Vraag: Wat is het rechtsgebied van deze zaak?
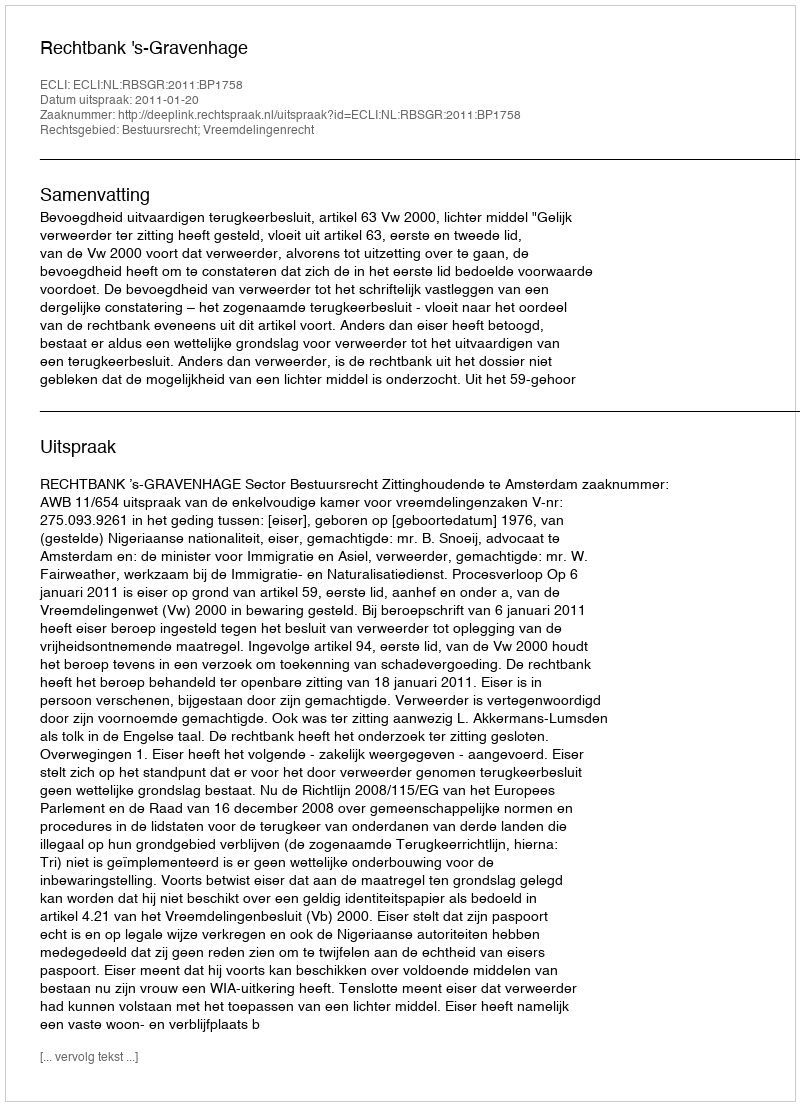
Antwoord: Bestuursrecht; Vreemdelingenrecht